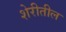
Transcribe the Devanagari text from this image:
शेरीतील